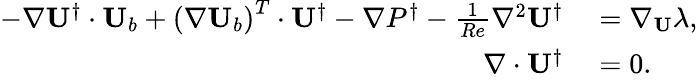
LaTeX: \begin{array}{rl}{-\nabla\mathbf{U}^{\dagger}\cdot\mathbf{U}_{b}+\left(\nabla\mathbf{U}_{b}\right)^{T}\cdot\mathbf{U}^{\dagger}-\nabla P^{\dagger}-\frac{1}{Re}\nabla^{2}\mathbf{U}^{\dagger}}&{{}=\nabla_{\mathbf{U}}\lambda,}\\ {\nabla\cdot\mathbf{U}^{\dagger}}&{{}=0.}\end{array}